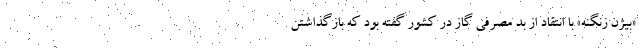
«بیژن زنگنه» با انتقاد از بد مصرفی گاز در کشور گفته بود که بازگذاشتن